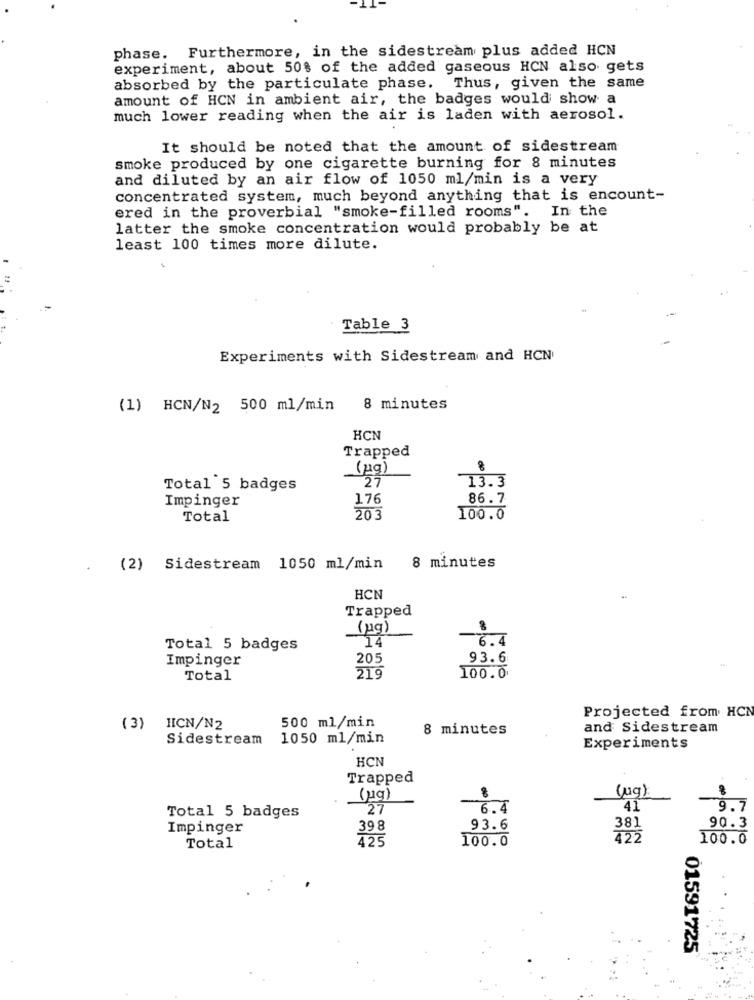
phase. Furthermore, in the sidestream plus added HCN
experiment, about 50% of the added gaseous HCN also gets
absorbed by the particulate phase.
Thus, given the same
amount of HCN in ambient air, the badges would show a
much lower reading when the air is laden with aerosol.
It should be noted that the amount of sidestream
smoke produced by one cigarette burning for 8 minutes
and diluted by an air flow of 1050 ml/min is a very
concentrated system, much beyond anything that is encount-
ered in the proverbial "smoke-filled rooms". In the
latter the smoke concentration would probably be at
least 100 times more dilute.
Table 3
Experiments with Sidestream and HCN
(1) HCN/N2 500 ml/min
8 minutes
HCN
Trapped
(2g)
27
13.3
Total 5 badges
Impinger
176
86.7
Total
203
100.0
(2) Sidestream 1050 ml/min
8 minutes
HCN
Trapped
(mg)
14
6.4
Total 5 badges
Impinger
205
93.6
48
Total
219
100.0
Projected from HCN
500 ml/min
(3) HICN/N2
8 minutes
and Sidestream
Sidestream
1050 ml/min
Experiments
HCN
Trapped
(ug)
(Mg)
27
6.4
41
9.7
Total 5 badges
Impinger
398
93.6
381
90.3
425
100.0
422
100.0
Total
01591725